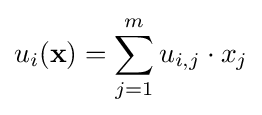
u_{i}(\mathbf {x} )=\sum _{j=1}^{m}u_{i,j}\cdot x_{j}